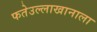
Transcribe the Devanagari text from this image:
फतेउल्लाखानाला